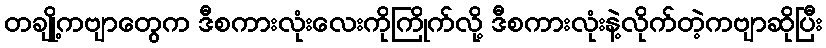
တချို့ကဗျာတွေက ဒီစကားလုံးလေးကိုကြိုက်လို့ ဒီစကားလုံးနဲ့လိုက်တဲ့ကဗျာဆိုပြီး